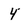
Character: 4